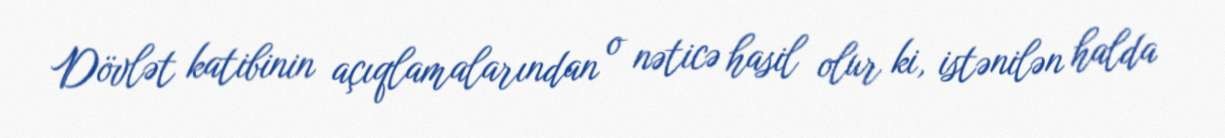
Dövlət katibinin açıqlamalarından o nəticə hasil olur ki, istənilən halda